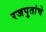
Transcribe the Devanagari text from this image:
रजपुतांचे